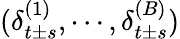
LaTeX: (\delta_{t\pm s}^{(1)},\cdots,\delta_{t\pm s}^{(B)})